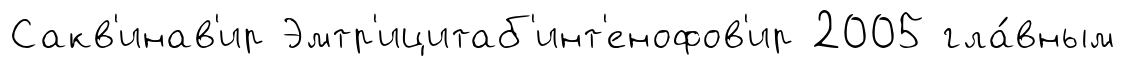
Сакв'инав'ир Эмтр'ицитаб'инт'енофов'ир 2005 гла́вным